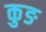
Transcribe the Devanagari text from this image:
कुङ